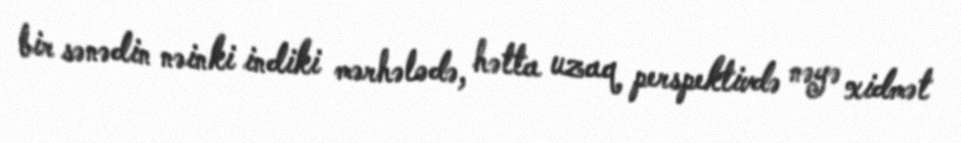
bir sənədin nəinki indiki mərhələdə, hətta uzaq perspektivdə nəyə xidmət